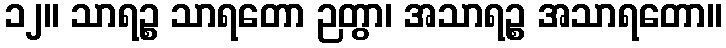
၁၂။ သာရဉ္စ သာရတော ဉတွာ၊ အသာရဉ္စ အသာရတော။